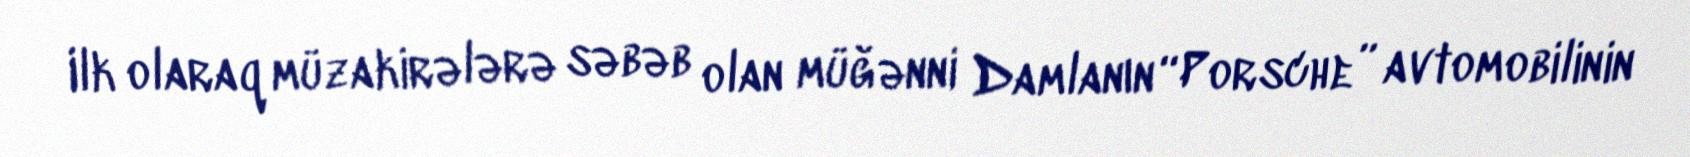
Ilk olaraq müzakirələrə səbəb olan müğənni Damlanın “Porsche” avtomobilinin